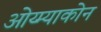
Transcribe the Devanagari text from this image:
ओय्म्याकोन